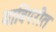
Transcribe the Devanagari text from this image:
याविपरीत